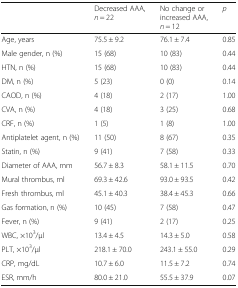
<table><thead><tr><td></td><td><b>Decreased AAA, <i>n</i> = 22</b></td><td><b>No change or increased AAA, <i>n</i> = 12</b></td><td><b><i>p</i></b></td></tr></thead><tbody><tr><td>Age, years</td><td>75.5 ± 9.2</td><td>76.1 ± 7.4</td><td>0.85</td></tr><tr><td>Male gender, n (%)</td><td>15 (68)</td><td>10 (83)</td><td>0.44</td></tr><tr><td>HTN, n (%)</td><td>15 (68)</td><td>10 (83)</td><td>0.44</td></tr><tr><td>DM, n (%)</td><td>5 (23)</td><td>0 (0)</td><td>0.14</td></tr><tr><td>CAOD, n (%)</td><td>4 (18)</td><td>2 (17)</td><td>1.00</td></tr><tr><td>CVA, n (%)</td><td>4 (18)</td><td>3 (25)</td><td>0.68</td></tr><tr><td>CRF, n (%)</td><td>1 (5)</td><td>1 (8)</td><td>1.00</td></tr><tr><td>Antiplatelet agent, n (%)</td><td>11 (50)</td><td>8 (67)</td><td>0.35</td></tr><tr><td>Statin, n (%)</td><td>9 (41)</td><td>7 (58)</td><td>0.33</td></tr><tr><td>Diameter of AAA, mm</td><td>56.7 ± 8.3</td><td>58.1 ± 11.5</td><td>0.70</td></tr><tr><td>Mural thrombus, ml</td><td>69.3 ± 42.6</td><td>93.0 ± 93.5</td><td>0.42</td></tr><tr><td>Fresh thrombus, ml</td><td>45.1 ± 40.3</td><td>38.4 ± 45.3</td><td>0.66</td></tr><tr><td>Gas formation, n (%)</td><td>10 (45)</td><td>7 (58)</td><td>0.47</td></tr><tr><td>Fever, n (%)</td><td>9 (41)</td><td>2 (17)</td><td>0.25</td></tr><tr><td>WBC, ×10<sup>3</sup>/μl</td><td>13.4 ± 4.5</td><td>14.3 ± 5.0</td><td>0.58</td></tr><tr><td>PLT, ×10<sup>3</sup>/μl</td><td>218.1 ± 70.0</td><td>243.1 ± 55.0</td><td>0.29</td></tr><tr><td>CRP, mg/dL</td><td>10.7 ± 6.0</td><td>11.5 ± 7.2</td><td>0.74</td></tr><tr><td>ESR, mm/h</td><td>80.0 ± 21.0</td><td>55.5 ± 37.9</td><td>0.07</td></tr></tbody></table>